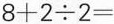
$$8 + 2 \div 2 =$$